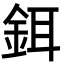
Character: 鉺